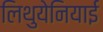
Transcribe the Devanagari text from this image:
लिथुयेनियाई